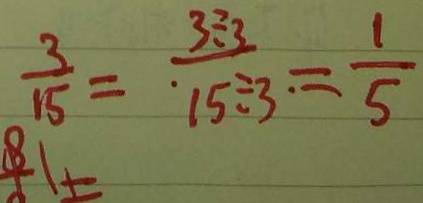
\frac { 3 } { 1 5 } = \frac { 3 \div 3 } { 1 5 \div 3 } = \frac { 1 } { 5 }